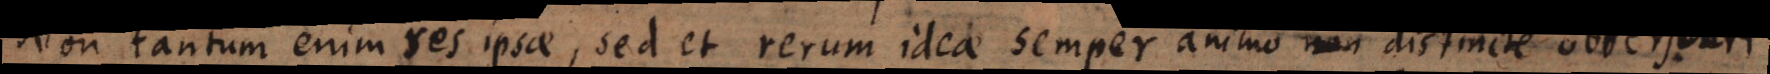
Non tantum enim res ipsae, sed et rerum ideae semper animo distincte observari